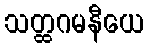
သတ္ထဂမနီယေ